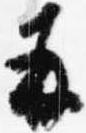
并